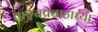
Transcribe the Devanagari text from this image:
वाङ्मयप्रवाहाच्या